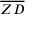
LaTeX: \overline { { Z D } }